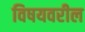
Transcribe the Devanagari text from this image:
विषयवरील